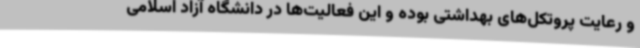
و رعایت پروتکل‌های بهداشتی بوده و این فعالیت‌ها در دانشگاه آزاد اسلامی